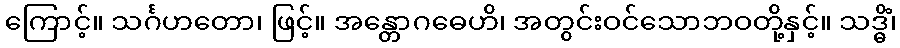
ကြောင့်။ သင်္ဂဟတော၊ ဖြင့်။ အန္တောဂဓေဟိ၊ အတွင်းဝင်သောဘဝတို့နှင့်။ သဒ္ဓိံ၊